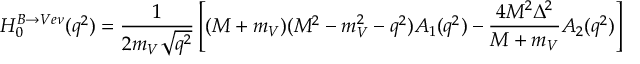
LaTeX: H _ { 0 } ^ { B \to V e \nu } ( q ^ { 2 } ) = \frac 1 { 2 m _ { V } \sqrt { q ^ { 2 } } } \left[ ( M + m _ { V } ) ( M ^ { 2 } - m _ { V } ^ { 2 } - q ^ { 2 } ) A _ { 1 } ( q ^ { 2 } ) - \frac { 4 M ^ { 2 } \Delta ^ { 2 } } { M + m _ { V } } A _ { 2 } ( q ^ { 2 } ) \right]